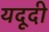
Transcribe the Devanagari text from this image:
यदूदी